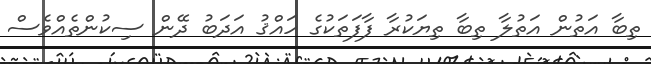
ތިބާ އަތުން އަތުލާ ތިބާ ތިޔަކުރާ ފާފަތަކުގެ ހައްޤު އަދަބު ދޭން ސިކުންތެއްވެސް